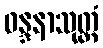
ဝန္ဒနာသုတ္တံ